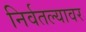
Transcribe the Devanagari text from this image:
निर्वतल्यावर